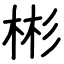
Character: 彬